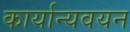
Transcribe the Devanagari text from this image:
कार्यान्यवयन